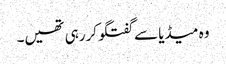
وہ میڈیا سے گفتگو کررہی تھیں۔